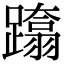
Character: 𨆚